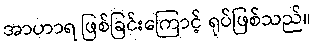
အာဟာရ ဖြစ်ခြင်းကြောင့် ရုပ်ဖြစ်သည်။